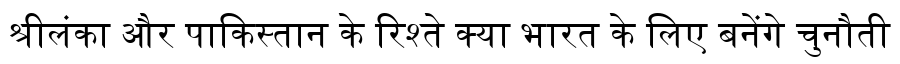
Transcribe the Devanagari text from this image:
श्रीलंका और पाकिस्तान के रिश्ते क्या भारत के लिए बनेंगे चुनौती